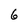
Character: 6